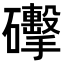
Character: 𥗩